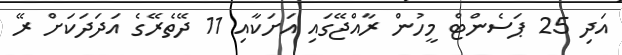
އަދި 25 ޕަސެންޓް މީހުން ރާއްޖޭގައި އަށަކާއި 11 ދޭތެރޭގެ އަދަދަކަށް ރޭ